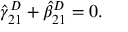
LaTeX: \hat { \gamma } _ { 2 1 } ^ { D } + \hat { \beta } _ { 2 1 } ^ { D } = 0 .